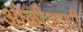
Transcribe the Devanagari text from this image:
ओळीआधी